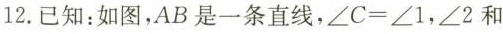
12.已知：如图，AB是一条直线，$$\angle C=\angle 1$$，\angle 2和